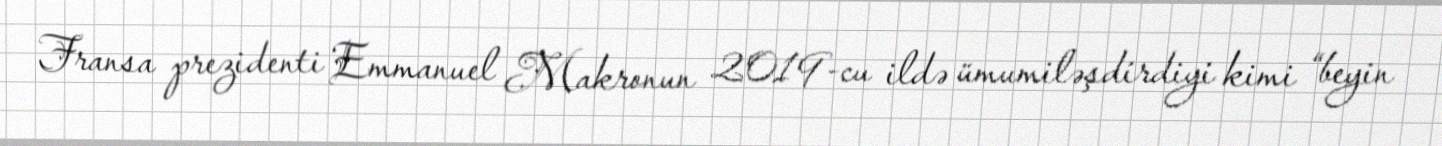
Fransa prezidenti Emmanuel Makronun 2019-cu ildə ümumiləşdirdiyi kimi “beyin